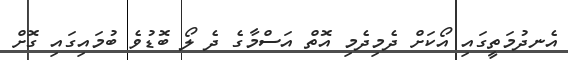
އެނދުމަތީގައި އޯކަށް ދެމިދެމި އޮތް އަސްމާގެ ދެ ލޯ ބޮޑުވެ ބުމައިގައި ގޮށް